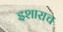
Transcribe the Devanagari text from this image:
इशाराच